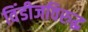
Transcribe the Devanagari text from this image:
विंडीजविरुद्ध